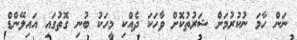
ނަން ހާމަ ނުކުރުމަށް ޝަރުތުކޮށް ވާހަކަ ދެއްކި މީހަކު ބުނި ގޮތުގައި އައިލޭންޑް